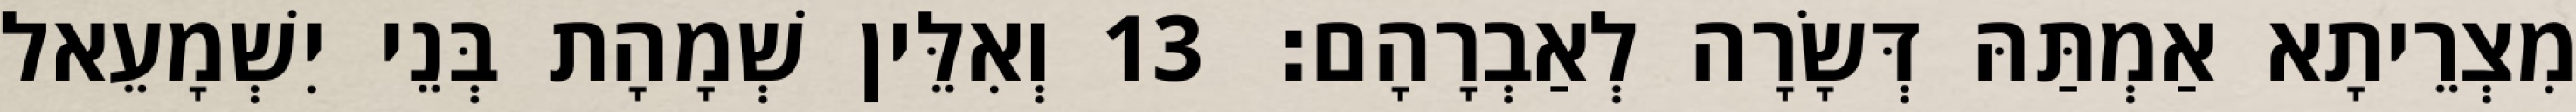
מִצְרֵיתָא אַמְתַּהּ דְּשָׂרָה לְאַבְרָהָם׃ 13 וְאִלֵּין שְׁמָהָת בְּנֵי יִשְׁמָעֵאל